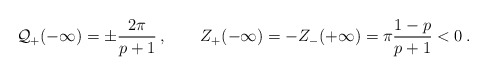
\begin{align*}\displaystyle {\cal Q}_{+}(-\infty )=\pm \frac{2\pi }{p+1}\: ,\qquad Z_{+}(-\infty )=-Z_{-}(+\infty )=\pi \frac{1-p}{p+1}<0\: .\end{align*}